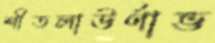
শীতলাঊর্ণাভ